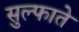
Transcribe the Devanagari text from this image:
सुल्फाते